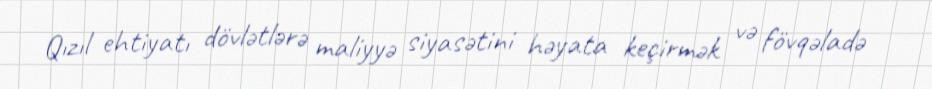
Qızıl ehtiyatı dövlətlərə maliyyə siyasətini həyata keçirmək və fövqəladə